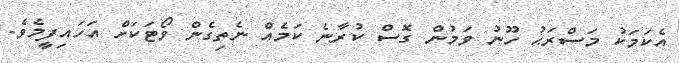
އެކަމަކު މަސްރަޙު ހޫނު ވަމުން ގޮސް ކުރާނެ ކަމެއް ނެތިގެން ވޯޓަކަށް އަހައިފީމެވެ.